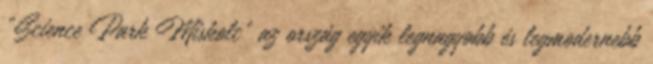
„Science Park Miskolc” az ország egyik legnagyobb és legmodernebb